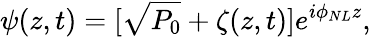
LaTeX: \psi(z,t)=[\sqrt{P_{0}}+\zeta(z,t)]e^{i\phi_{NL}z},